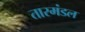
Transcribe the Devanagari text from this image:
तारमंडल